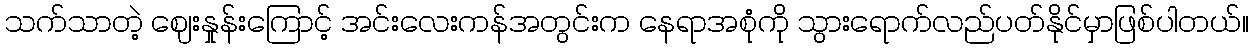
သက်သာတဲ့ ဈေးနှုန်းကြောင့် အင်းလေးကန်အတွင်းက နေရာအစုံကို သွားရောက်လည်ပတ်နိုင်မှာဖြစ်ပါတယ်။